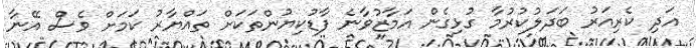
އަދި ކެރިއަރު ބަދަލުކުރުމާ ގުޅިގެން އަމާޒުވާނެ ފާޑުކިޔުންތަކަށް ތައްޔާރު ކަމަށް ވެސް އޭނާ